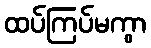
ထပ်ကြပ်မကွာ